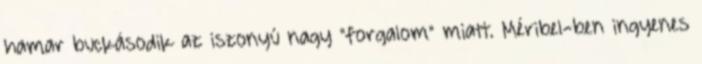
hamar buckásodik az iszonyú nagy "forgalom" miatt. Méribel-ben ingyenes